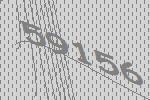
59156